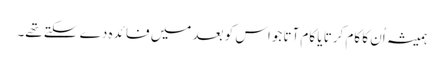
ہمیشہ اُن کا کام کرتا یا کام آتا جواس کو بعد میں فا ئدہ دے سکتے تھے۔